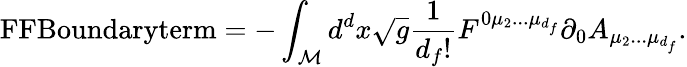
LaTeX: \textnormal{FFBoundaryterm}=-\int_{\cal M}d^{d}x\sqrt g\frac{1}{d_{f}!}F^{0\mu_{2}...\mu_{d_{f}}}\partial_{0}A_{\mu_{2}...\mu_{d_{f}}}.